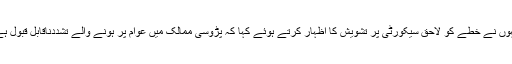
انہوں نے خطے کو لاحق سیکورٹی پر تشویش کا اظہار کرتے ہوئے کہا کہ پڑوسی ممالک میں عوام پر ہونے والے تشددناقابل قبول ہے۔